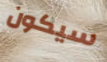
سيكون